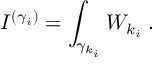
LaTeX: I ^ { ( \gamma _ { i } ) } = \int _ { { \gamma } _ { k _ { i } } } W _ { k _ { i } } \; .